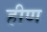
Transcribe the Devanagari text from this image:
हीण